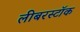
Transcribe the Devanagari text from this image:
लीबरस्टॉक